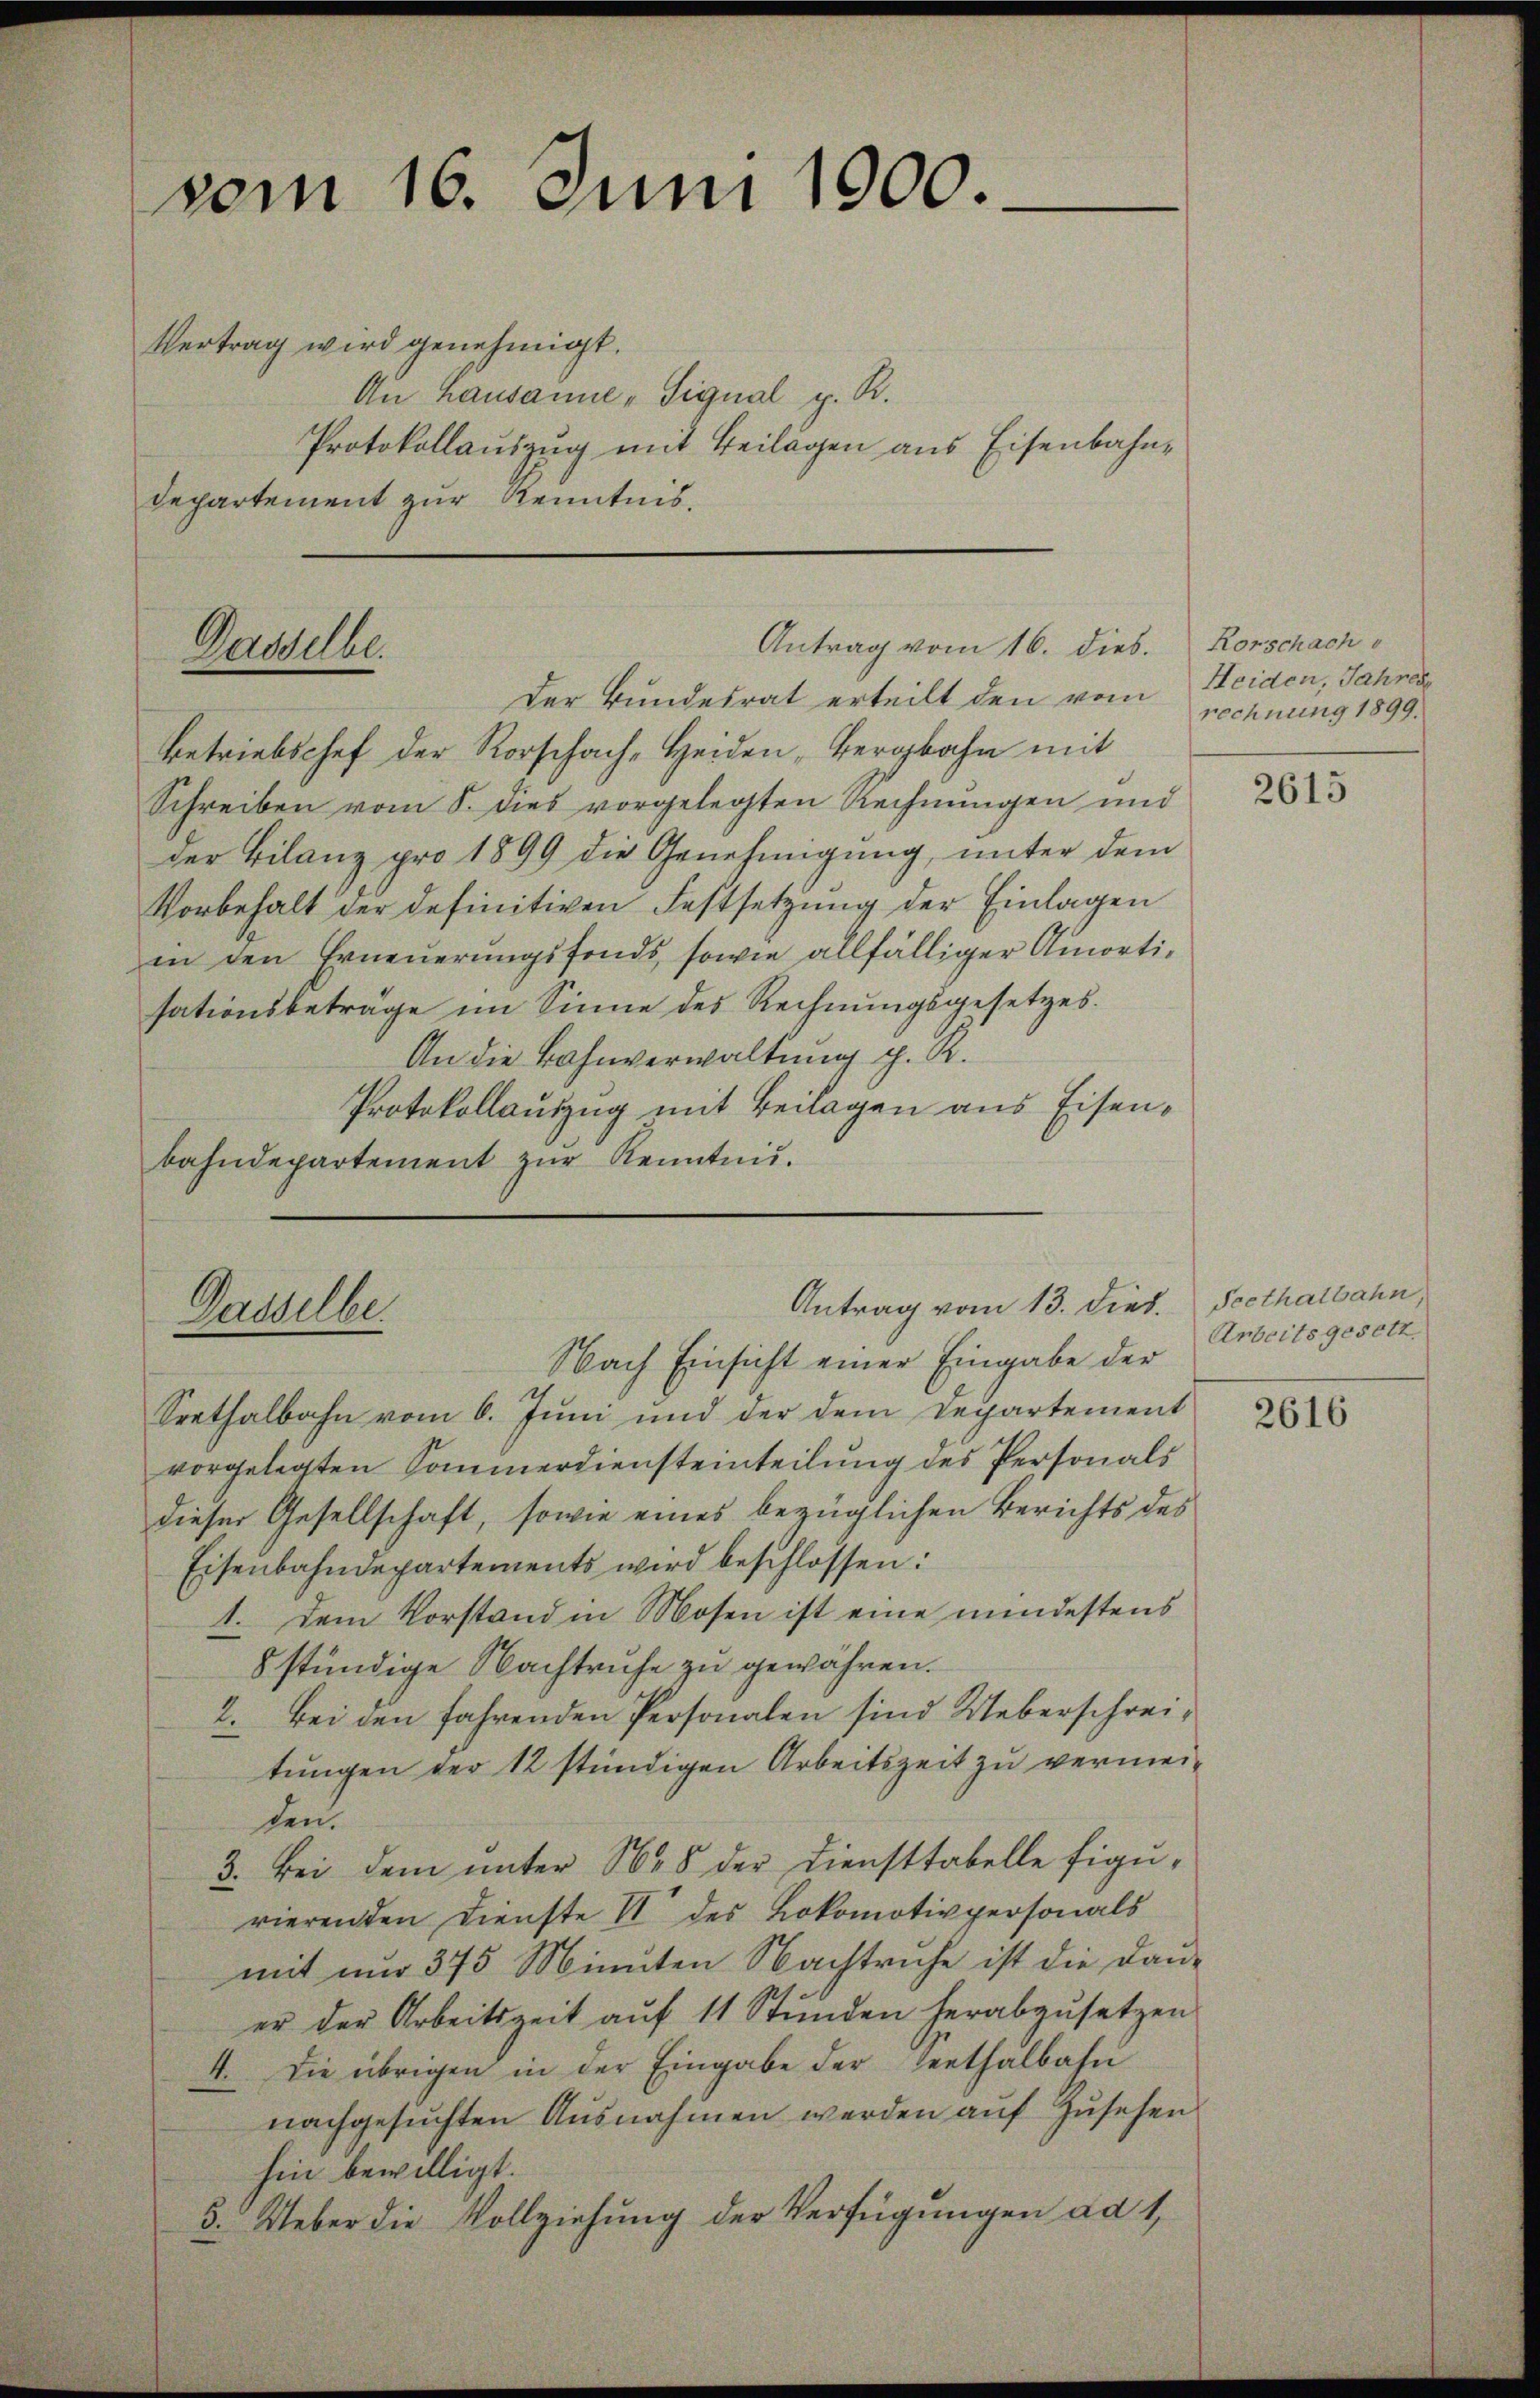
vom 16. Juni 1900.
Vertrag wird genehmigt.
An Lausanne - Signal p. R.
Protokollauszug mit Beilagen aus Eisenbahn¬
Departement zur Kenntnis.

Antrag vom 16. dieb.
Gasselbe.
Der Bundesrat erteilt den vom

betriebschef der Rorschach-Heiden, Bergbahn mit
Schreiben vom 8. dies vorgelegten Rechnungen und
der Bilanz pro 1899 die Genehmigung, unter dem
Vorbehalt der definitiven Festsetzung der Einlagen
in den Erneŭerŭngsfonds, sowie allfälliger Amorti-
sationsbeträge im Sinne des Rechnungsgesetzes.
An die Bahnverwaltung d. K.
Protokollauszug mit Beilagen aus Eisenbahndepartement zur Kenntnis.

Antrag vom 13. dies. Seethalbahn
Dasselbe.
Nach Einsicht einer Eingabe der Arbeitsgesetz

Seethalbahn vom 6. Juni und der dem Departement
vorgelegten Sommerdiensteinteilung des Personals
dieser Gesellschaft, sowie eines bezüglichen Berichts des
Eisenbahndepartements wird beschlossen:
1. Dem Vorstand in Mosen ist eine mindestens
8 stündige Nachtruhe zu gewähren.
2. Bei den fahrenden Personalen sind Ueberschreitungen der 12 stündigen Arbeitszeit zu vermeiden.
3. Bei dem unter 1645 der Diensttabelle Figurierenden Dienste II des Lokomotivpersonals
mit nur 375 Minuten Nachtruhe ist die Dau-
er der Arbeitszeit auf 11 Stunden herabzusetzen
4. Die übrigen in der Eingabe der Genthalbahn
nachgesuchten Ausnahmen werden auf Zusehen
hin bewilligt.
3. Ueber die Vollziehung der Verfügungen ad 1,

Rorschach
Heiden, Jahres
rechnung 1899.

2615

2616